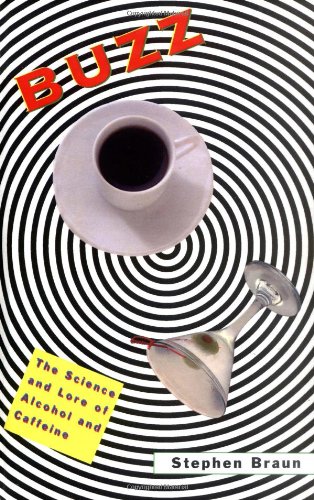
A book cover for Buzz: The Science and Lore of Alcohol and Caffeine; Stephen Braun; Cookbooks, Food & Wine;